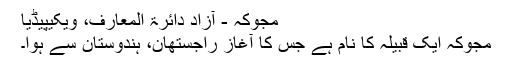
مجوکہ - آزاد دائرۃ المعارف، ویکیپیڈیا
مجوکہ ایک قبیلہ کا نام ہے جس کا آغاز راجستھان، ہندوستان سے ہوا۔